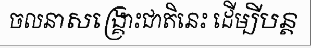
ចលនាសង្គ្រោះជាតិនេះ ដើម្បីបន្ត